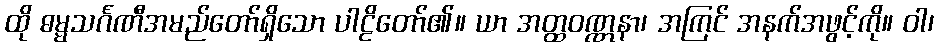
ထို ဓမ္မသင်္ဂဏီအမည်တော်ရှိသော ပါဠိတော်၏။ ယာ အတ္ထဝဏ္ဏနာ၊ အကြင် အနက်အဖွင့်ကို။ ဝါ၊